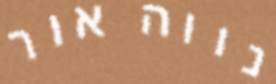
נווה אור